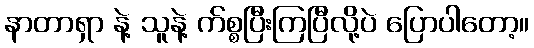
နာတာရှာ နဲ့ သူနဲ့ က်စ္စပြီးကြပြီလို့ပဲ ပြောပါတော့။